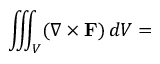
\iiint _ { V } ( \nabla \times \mathbf { F } ) \, d V =